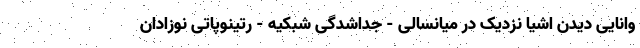
وانایی دیدن اشیا نزدیک در میانسالی - جداشدگی شبکیه - رتینوپاتی نوزادان